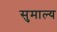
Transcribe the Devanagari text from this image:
सुमाल्य